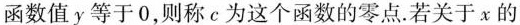
函数值y等于0，则称c为这个函数的零点。若关于x的